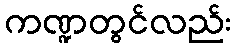
ကဏ္ဍတွင်လည်း